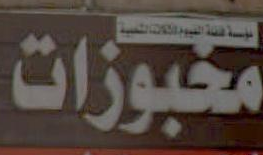
مخبوزات